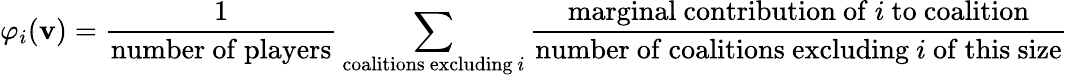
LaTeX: \varphi_{i}(\mathbf{v})={\frac{{1}}{{\mathrm{{number~of~players}}}}}\sum_{{\mathrm{{coalitions~excluding~}}}i}{\frac{{{\mathrm{{marginal~contribution~of~}}}i{\mathrm{{~to~coalition}}}}}{{{\mathrm{{number~of~coalitions~excluding~}}}i{\mathrm{{~of~this~size}}}}}}